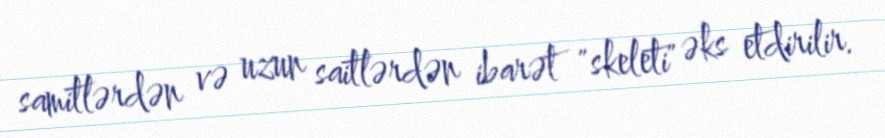
samitlərdən və uzun saitlərdən ibarət "skeleti" əks etdirilir.